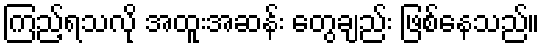
ကြည့်ရသလို အထူးအဆန်း တွေချည်း ဖြစ်နေသည်။